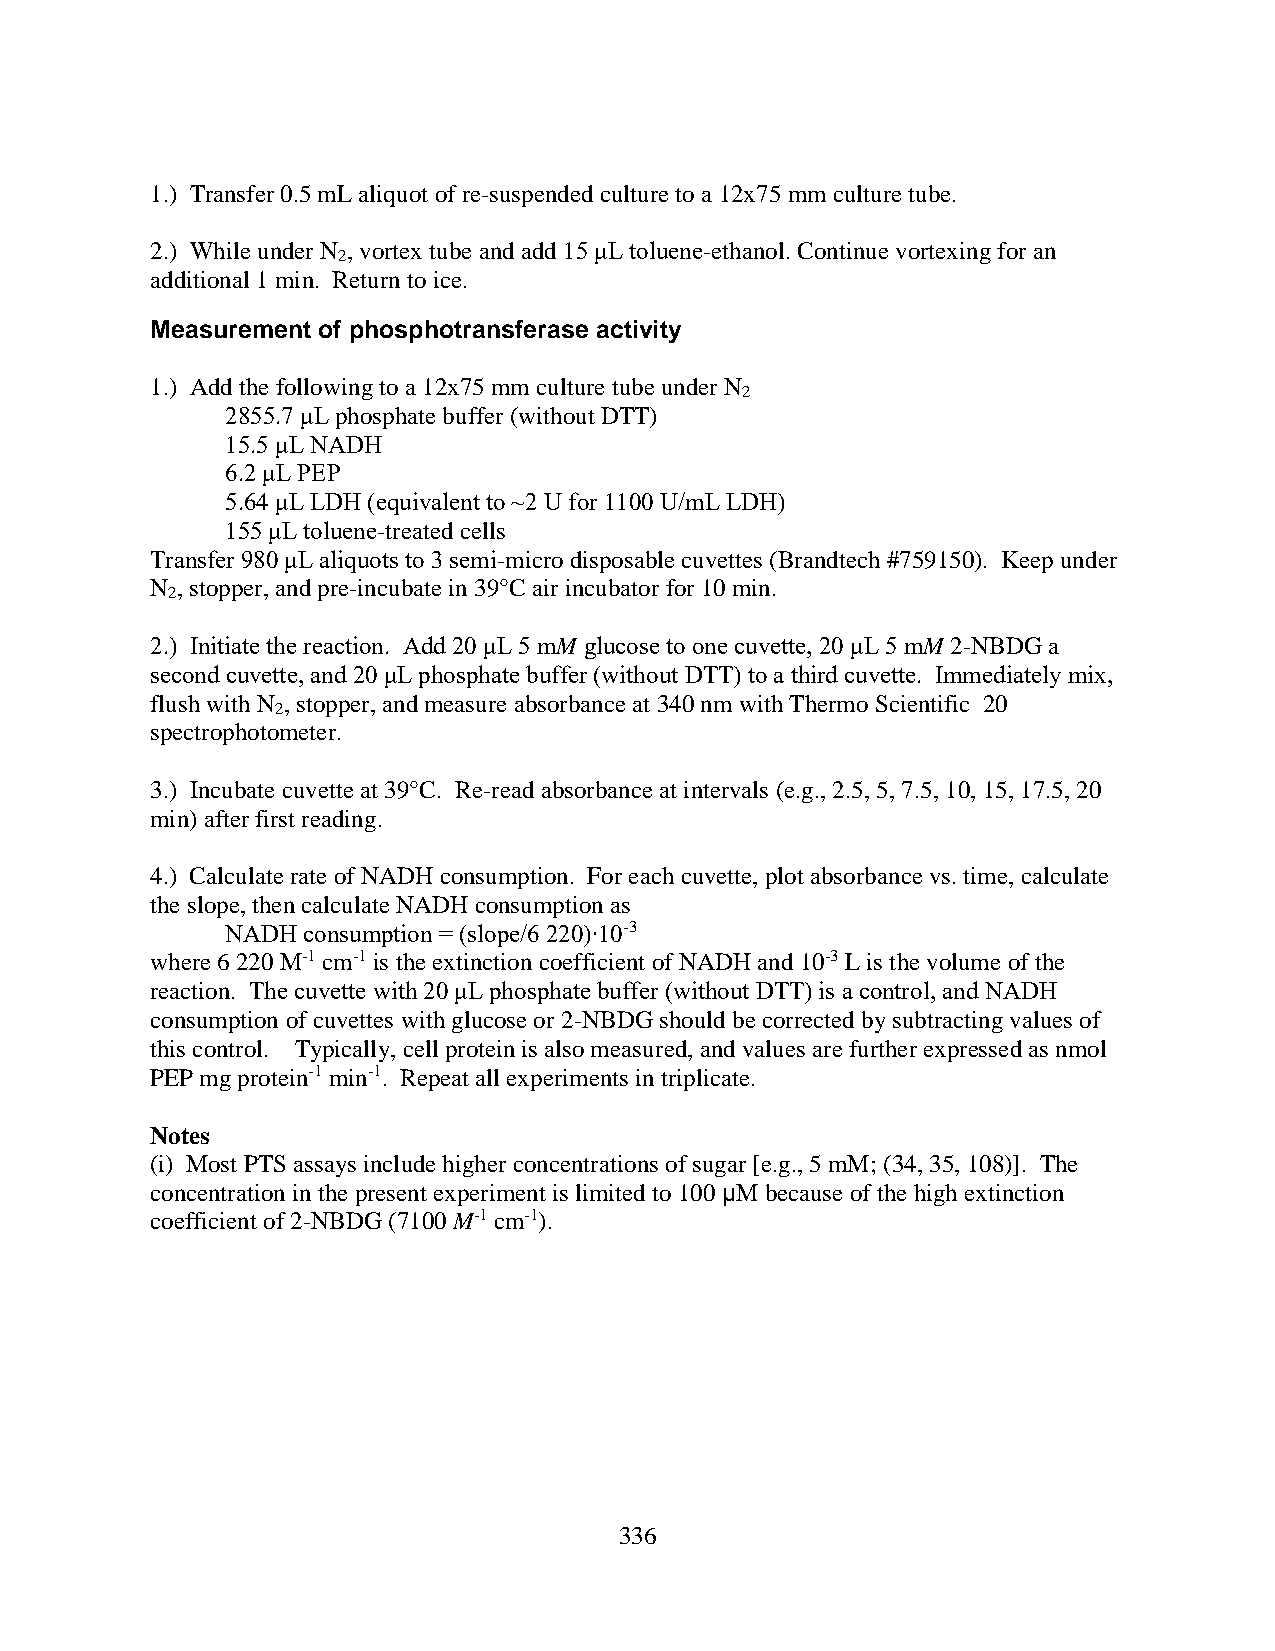
1.) Transfer 0.5 mL aliquot of re-suspended culture to a 12x75 mm culture tube.
 2.) While under N , vortex tube and add 15 μL toluene-ethanol. Continue vortexing for an
 2
 additional 1 min. Return to ice.
 Measurement of phosphotransferase activity
 1.) Add the following to a 12x75 mm culture tube under N
 2
 2855.7 μL phosphate buffer (without DTT)
 15.5 μL NADH
 6.2 μL PEP
 5.64 μL LDH (equivalent to ~2 U for 1100 U/mL LDH)
 155 μL toluene-treated cells
 Transfer 980 μL aliquots to 3 semi-micro disposable cuvettes (Brandtech #759150). Keep under
 N , stopper, and pre-incubate in 39°C air incubator for 10 min.
 2
 2.) Initiate the reaction. Add 20 μL 5 mM glucose to one cuvette, 20 μL 5 mM 2-NBDG a
 second cuvette, and 20 μL phosphate buffer (without DTT) to a third cuvette. Immediately mix,
 flush with N , stopper, and measure absorbance at 340 nm with Thermo Scientific 20
 2
 spectrophotometer.
 3.) Incubate cuvette at 39°C. Re-read absorbance at intervals (e.g., 2.5, 5, 7.5, 10, 15, 17.5, 20
 min) after first reading.
 4.) Calculate rate of NADH consumption. For each cuvette, plot absorbance vs. time, calculate
 the slope, then calculate NADH consumption as
 NADH consumption = (slope/6 220)∙10-3
 where 6 220 M-1 cm-1 is the extinction coefficient of NADH and 10-3 L is the volume of the
 reaction. The cuvette with 20 μL phosphate buffer (without DTT) is a control, and NADH
 consumption of cuvettes with glucose or 2-NBDG should be corrected by subtracting values of
 this control. Typically, cell protein is also measured, and values are further expressed as nmol
 PEP mg protein-1 min-1. Repeat all experiments in triplicate.
 Notes
 (i) Most PTS assays include higher concentrations of sugar [e.g., 5 mM; (34, 35, 108)]. The
 concentration in the present experiment is limited to 100 μM because of the high extinction
 coefficient of 2-NBDG (7100 M-1 cm-1).
 336